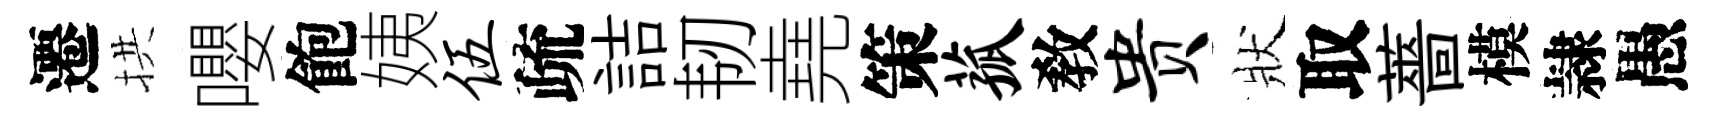
遷拱嚶飽姨伍疏詰韧堯策菰敎贵狀取薔模隷愚